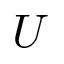
U